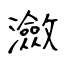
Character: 瀲